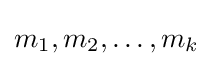
m_{1},m_{2},\ldots ,m_{k}